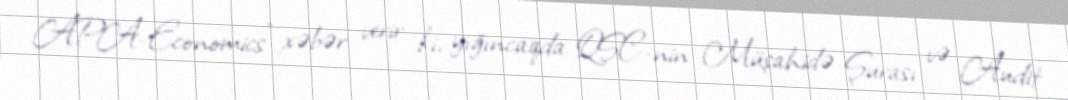
APA-Economics" xəbər verir ki, yığıncaqda QSC-nin Müşahidə Şurası və Audit